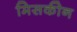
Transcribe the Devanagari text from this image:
मिसकीन